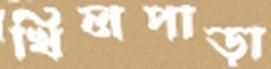
খিলপাড়া